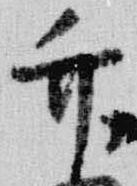
竹